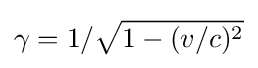
\gamma =1/{\sqrt {1-(v/c)^{2}}}